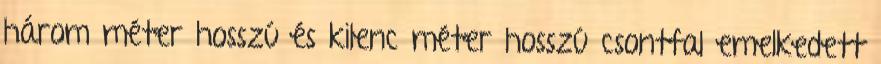
három méter hosszú és kilenc méter hosszú csontfal emelkedett